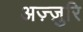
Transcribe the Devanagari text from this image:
अज़्ज़ुरि